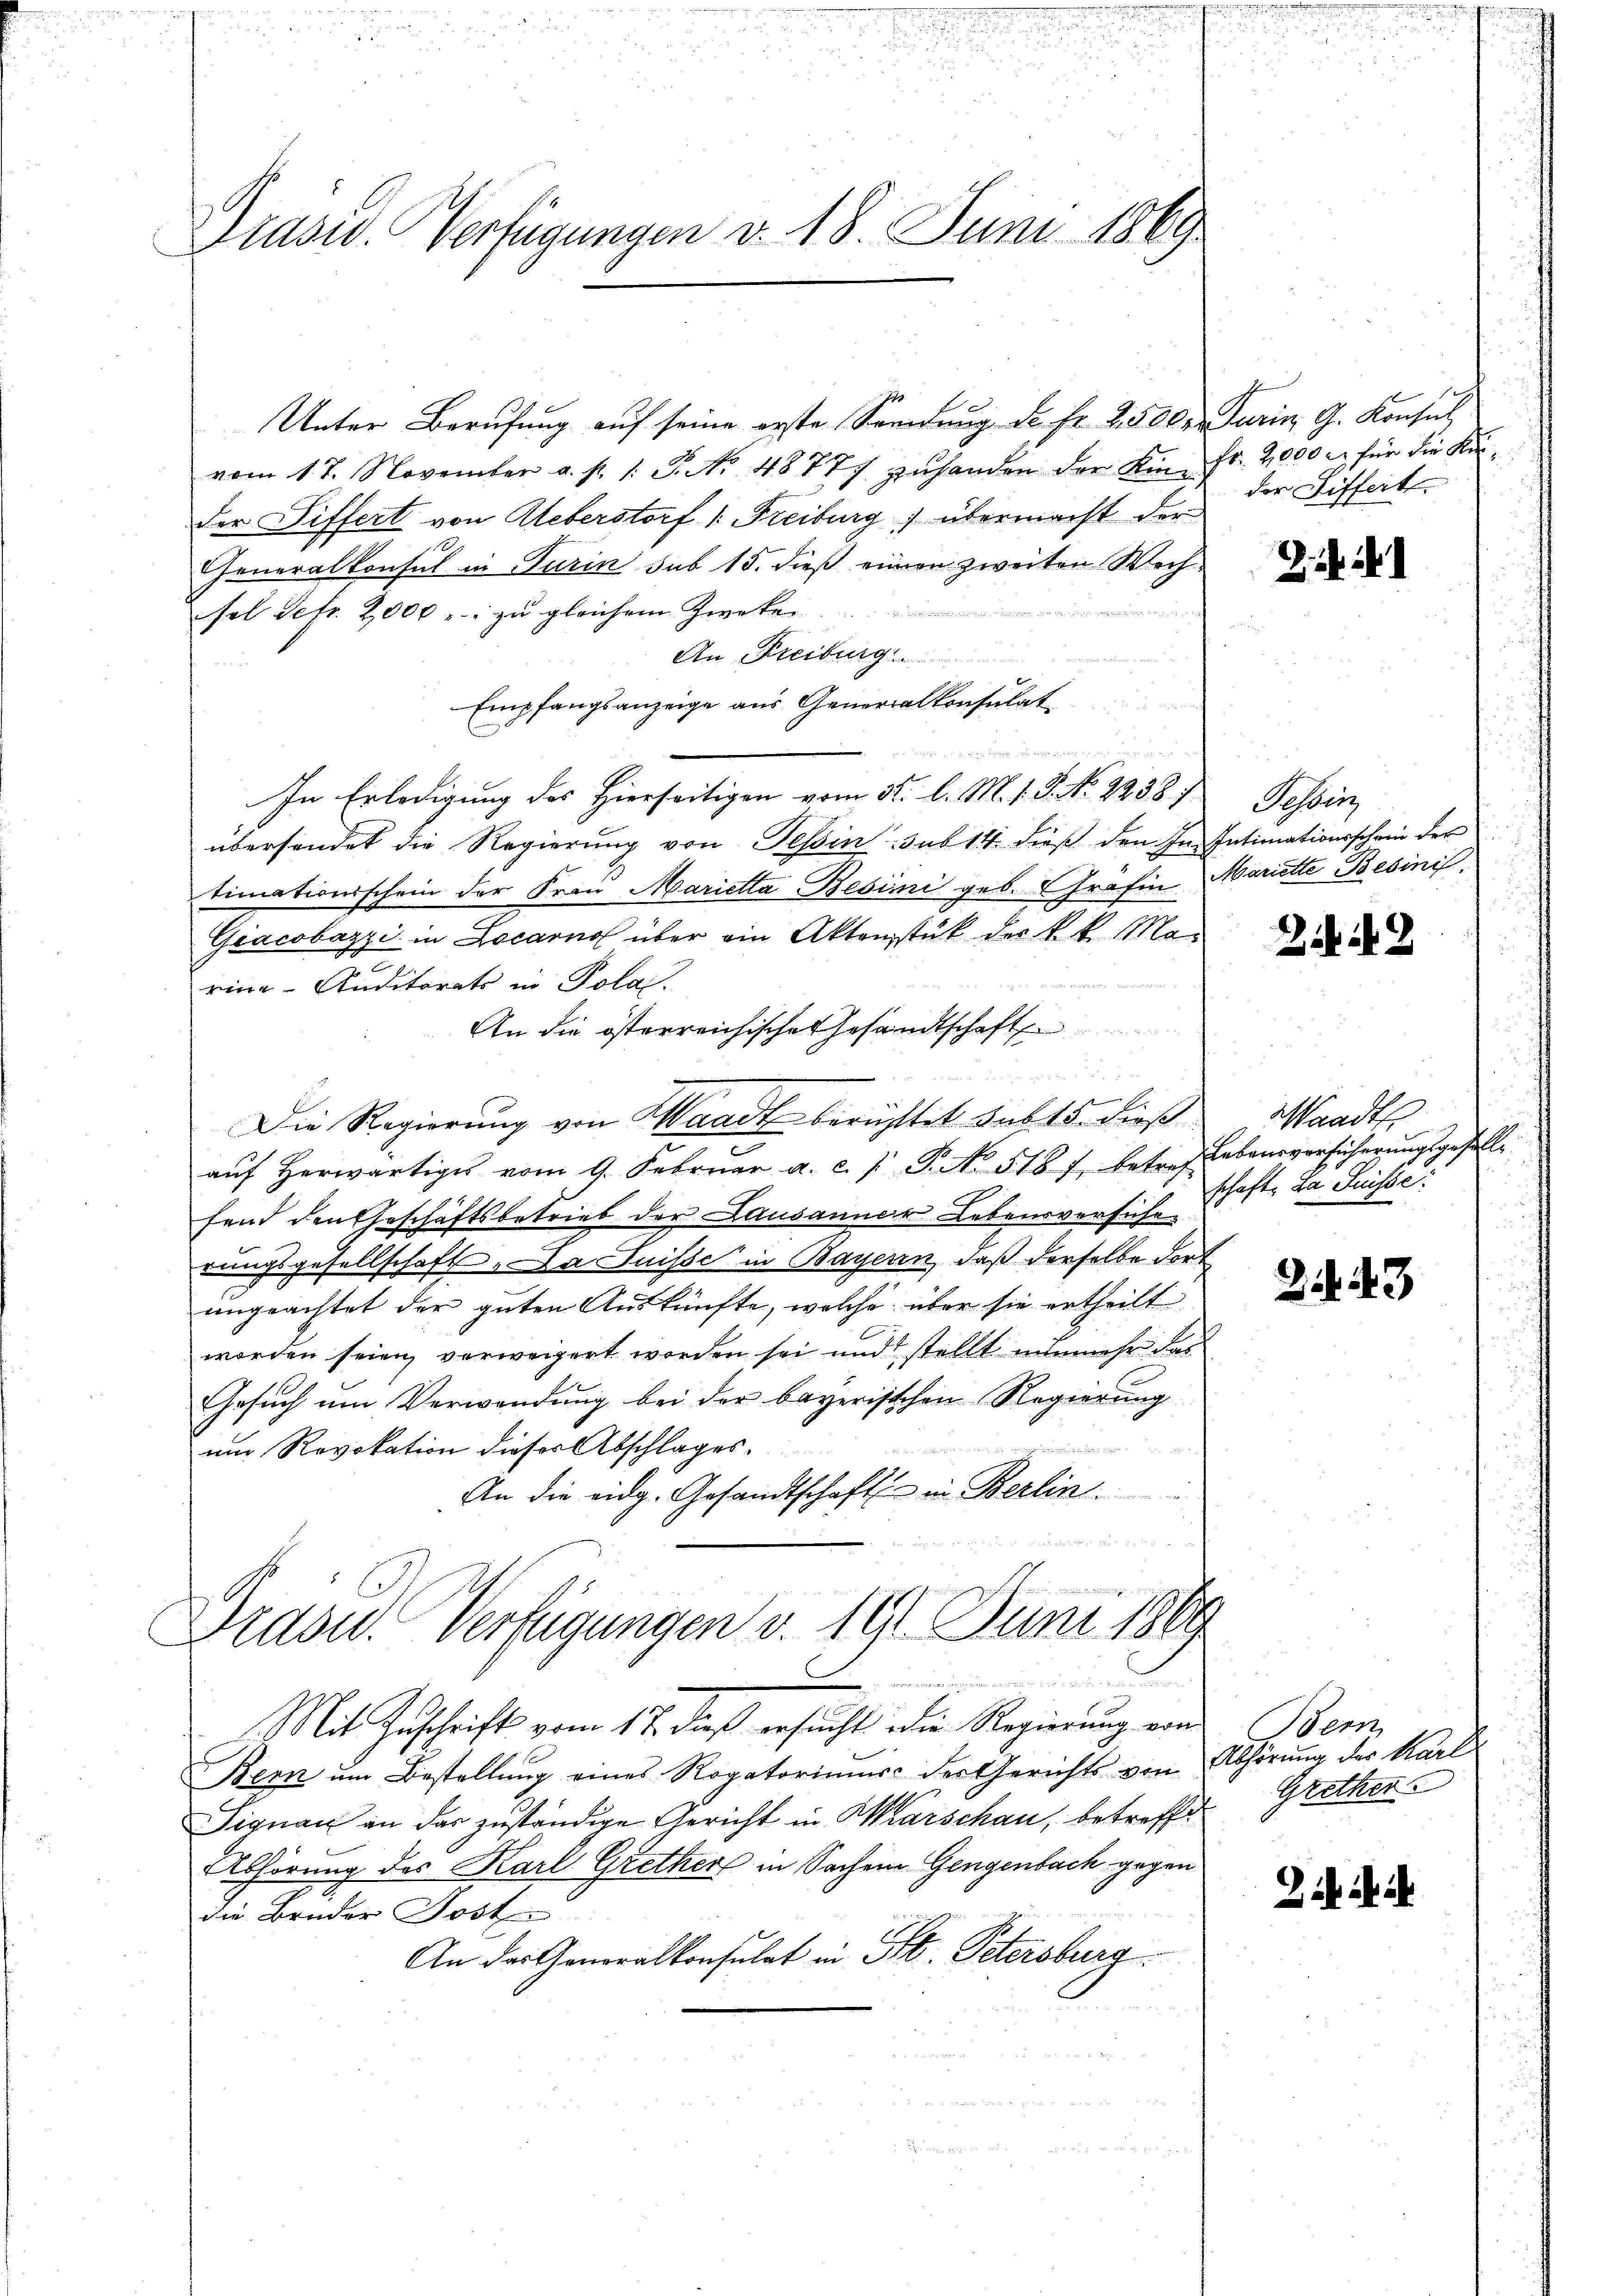
Drasw. Verfügungen v. 18. Juni 1869

Unter Berufung auf seine erste Sendung Dr. Fr. 2500. Tarin G. Konsul
vom 17. November a. p. 1. P. No. 48777. zŭ handen der Kin- fr. 2,000 M für die Kander Differt von Ueberstorf /: Freiburg) übermacht der
Generalkonsul in Turin sub 15. dieß einen zweiten Wechsol Sefr. 2000 u. zu gleichem Zweken
An Freiburg
Empfangsanzeige aus Generalkonsulat

In Erledigung des Hierseitigen vom 5t. l. M. 1. P. No. 2238. 7
übersendet die Regierung von Tessin sub 14. dieß den In Intimationsschein der
timationsschein der Frau Marietta Besimi geb. Gräfin Mariette Besinis
Giacobazzi in Locarno über ein Aktenstück der k. k. Ma-

rine Auditorats in Polai.
An die österreichisches Gesandtschaft
E
Die Regierung von Waadt berüchtet sub 15. dieß
aŭf herwärtiges vom 9. Febrŭar a. c. J. P. No. 518 f. betref Lebensversicherŭngsgeselle
fend den Geschäftsbetrieb der Lausanner Lebensversicherungsgesellschaft. Da Suisse in Bayerin, daß derselbe dort
ungeachtet der guten Auskünfte, welche über sie ertheilt
worden seien, verweigert worden sei und stellt nunmehr das
Gesuch um Verwendung bei der bayerischen Regierung
um Revokation dieser Abschlages.

An die eidg. Gesandtschaft in Berlin.

Mit Zuschrift vom 17. dieß ersucht die Regierung von
Bern ŭm Bestellŭng eines Rogatorimus der Gerichts von Abhörŭng des Karl
Signau an dar zuständige Gericht in Warschau, betreffet Grether
AAbhörung des Karl Grether in Sachen Gengenbach gegen
die Bruder Post
An der Generalkonsulat in St. Petersburg

Dradw. Verfügungen v. 191. Juni 1869
de . . . . . . . . . . . . . ..  ..  ..  ..   Gener wissen denen werden werden

der Differt.

Schberg

Zihi. 2

Waadt
schaft. Da Suisse:

2. 43

Bern,

Zifika